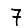
Digit: 7